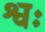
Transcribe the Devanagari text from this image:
श्वः